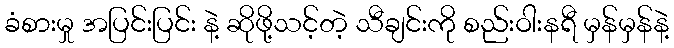
ခံစားမှု အပြင်းပြင်း နဲ့ ဆိုဖို့သင့်တဲ့ သီချင်းကို စည်းဝါးနရီ မှန်မှန်နဲ့